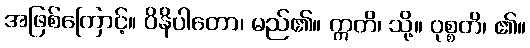
အဖြစ်ကြောင့်။ ဝိနိပါတော၊ မည်၏။ ဣတိ၊ သို့။ ဝုစ္စတိ၊ ၏။